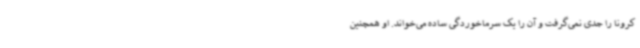
کرونا را جدی نمی‌گرفت و آن را یک سرماخوردگی ساده می‌خواند. او همچنین